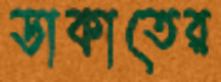
ডাকাতের